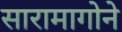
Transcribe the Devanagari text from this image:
सारामागोने